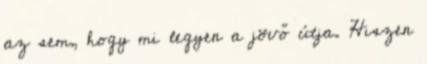
az sem, hogy mi legyen a jövő útja. Hiszen